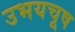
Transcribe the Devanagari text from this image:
उभयचूष